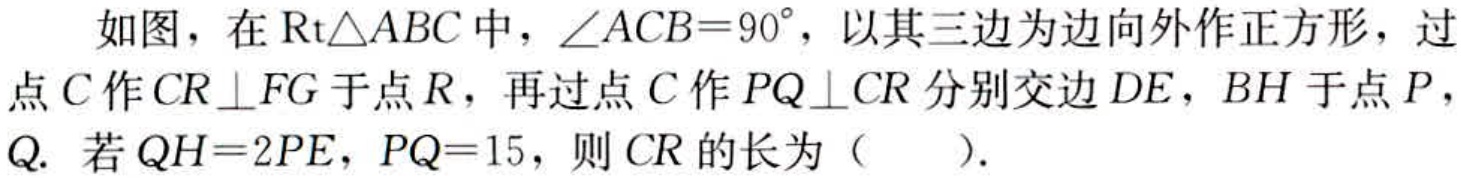
如图，在$\text{Rt}\triangle ABC$中，$\angle ACB = 90^{\circ}$，以其三边为边向外作正方形，过点$C$作$CR\perp FG$于点$R$，再过点$C$作$PQ\perp CR$分别交边$DE$，$BH$于点$P$，$Q.$ 若$QH = 2PE$，$PQ = 15$，则$CR$的长为（  ）.